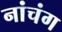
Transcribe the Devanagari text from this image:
नांचंग